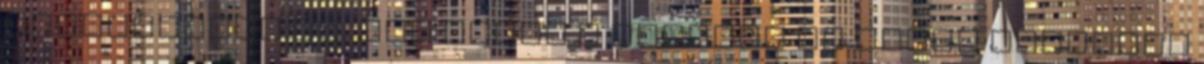
érzékenység az, ami miatt a rendező is olyan találóan